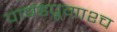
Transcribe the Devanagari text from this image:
पाषंडपूगाश्च